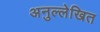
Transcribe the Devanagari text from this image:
अनुल्लेखित